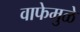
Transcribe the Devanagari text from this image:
वाफेमुळे